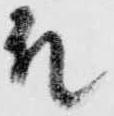
殿